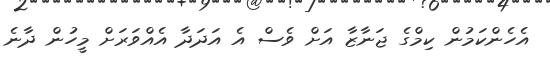
އެހެންކަމުން ކިމްގެ ޖަނާޒާ އަށް ވެސް އެ އަދަދާ އެއްވަރަށް މީހުން ދާނެ